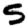
Digit: 5